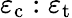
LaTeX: \varepsilon_{\mathrm{c}}:\varepsilon_{\mathrm{t}}